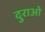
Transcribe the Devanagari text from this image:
दुराओ